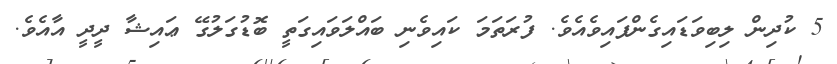
5 ކުދިން ލިބިވަޑައިގެންފައިވެއެވެ. ފުރަތަމަ ކައިވެނި ބައްލަވައިގަތީ ބޮޑުގަލުގޭ ޢައިޝާ ދީދީ އާއެވެ.